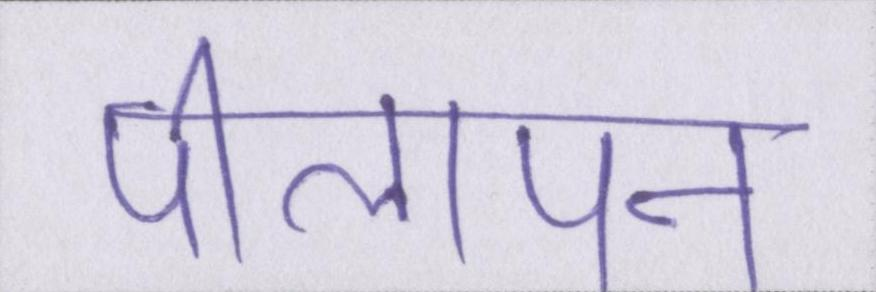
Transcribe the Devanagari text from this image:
पीलापन